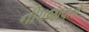
નીપજાવતો